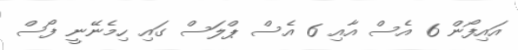
އައިފޯން 6 އެސް އާއި 6 އެސް ޕްލަސް ގައި ހިމެނޭނީ ފޯސް